Civil Veterinary Department Bengal reports 1933-51 - 1933-1951
Year: 1933
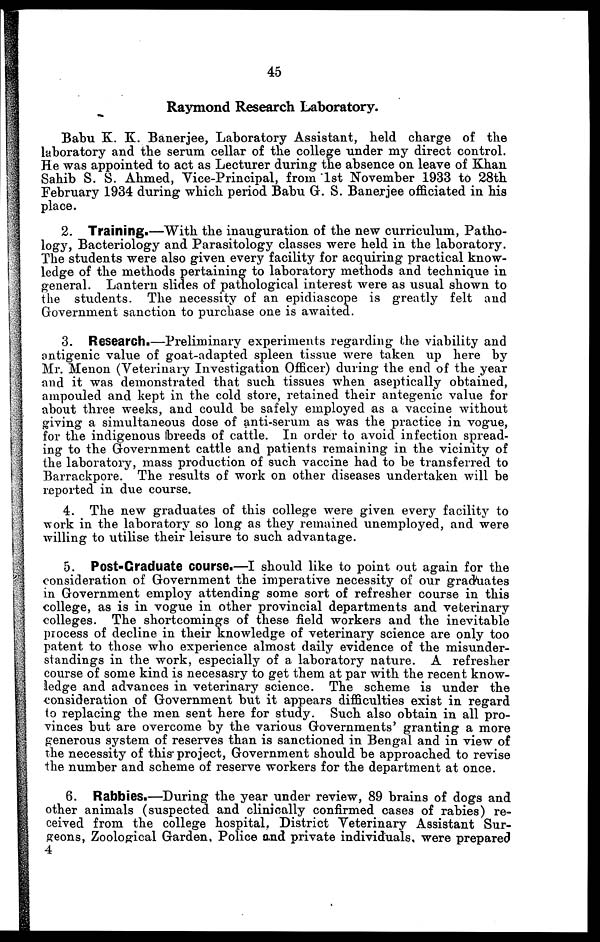
45
Raymond Research Laboratory.
Babu K. K. Banerjee, Laboratory Assistant, held charge of the
laboratory and the serum cellar of the college under my direct control.
He was appointed to act as Lecturer during the absence on leave of Khan
Sahib S. S. Ahmed, Vice-Principal, from 1st November 1933 to 28th
February 1934 during which period Babu G. S. Banerjee officiated in his
place.
2. Training.—With the inauguration of the new curriculum, Patho-
logy, Bacteriology and Parasitology classes were held in the laboratory.
The students were also given every facility for acquiring practical know-
ledge of the methods pertaining to laboratory methods and technique in
general. Lantern slides of pathological interest were as usual shown to
the students. The necessity of an epidiascope is greatly felt and
Government sanction to purchase one is awaited.
3. Research.—Preliminary experiments regarding the viability and
antigenic value of goat-adapted spleen tissue were taken up here by
Mr. Menon (Veterinary Investigation Officer) during the end of the year
and it was demonstrated that such tissues when aseptically obtained,
ampouled and kept in the cold store, retained their antegenic value for
about three weeks, and could be safely employed as a vaccine without
giving a simultaneous dose of anti-serum as was the practice in vogue,
for the indigenous breeds of cattle. In order to avoid infection spread-
ing to the Government cattle and patients remaining in the vicinity of
the laboratory, mass production of such vaccine had to be transferred to
Barrackpore. The results of work on other diseases undertaken will be
reported in due course.
4. The new graduates of this college were given every facility to
work in the laboratory so long as they remained unemployed, and were
willing to utilise their leisure to such advantage.
5. Post-Graduate course.—I should like to point out again for the
consideration of Government the imperative necessity of our graduates
in Government employ attending some sort of refresher course in this
college, as is in vogue in other provincial departments and veterinary
colleges. The shortcomings of these field workers and the inevitable
process of decline in their knowledge of veterinary science are only too
patent to those who experience almost daily evidence of the misunder-
standings in the work, especially of a laboratory nature. A refresher
course of some kind is necesasry to get them at par with the recent know-
ledge and advances in veterinary science. The scheme is under the
consideration of Government but it appears difficulties exist in regard
to replacing the men sent here for study. Such also obtain in all pro-
vinces but are overcome by the various Governments' granting a more
generous system of reserves than is sanctioned in Bengal and in view of
the necessity of this project, Government should be approached to revise
the number and scheme of reserve workers for the department at once.
6. Rabbies.—During the year under review, 89 brains of dogs and
other animals (suspected and clinically confirmed cases of rabies) re-
ceived from the college hospital, District Veterinary Assistant Sur-
geons, Zoological Garden, Police and private individuals were prepared
4